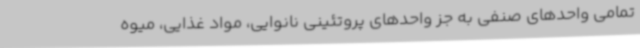
تمامی واحدهای صنفی به جز واحدهای پروتئینی نانوایی، مواد غذایی، میوه